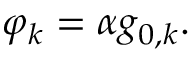
\varphi _ { k } = \alpha g _ { 0 , k } .